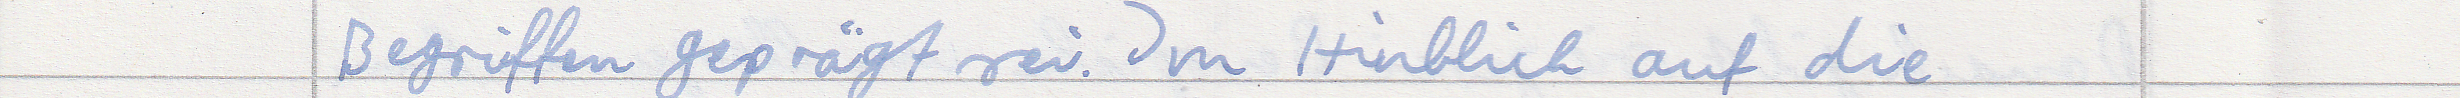
Begriffen geprägt sei. Im Hinblick auf die